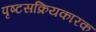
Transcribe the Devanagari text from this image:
पृष्टसक्रियकारक